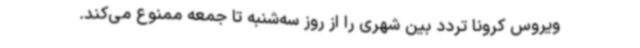
ویروس کرونا تردد بین شهری را از روز سه‌شنبه تا جمعه ممنوع می‌کند.